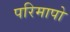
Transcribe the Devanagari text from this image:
परिमापो